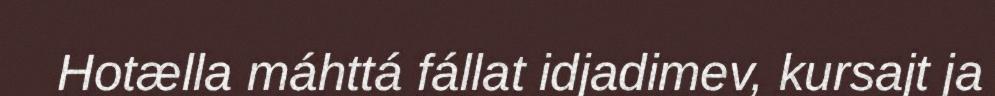
Hotælla máhttá fállat idjadimev, kursajt ja